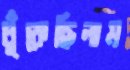
ধুঁকেছিলাম